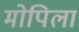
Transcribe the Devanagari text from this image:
मोपिला